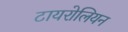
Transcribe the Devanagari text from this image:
टायरोलियन